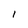
Character: l